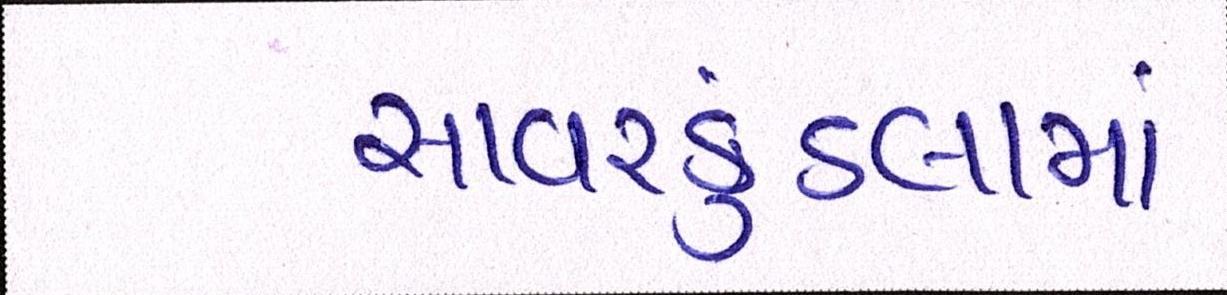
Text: સાવરકુંડલામાં